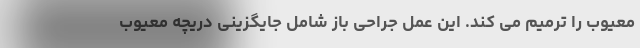
معیوب را ترمیم می کند. این عمل جراحی باز شامل جایگزینی دریچه معیوب